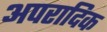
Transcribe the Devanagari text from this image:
अपरादिक